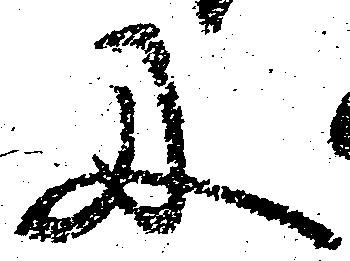
に